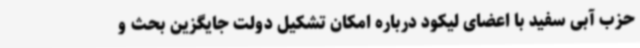
حزب آبی سفید با اعضای لیکود درباره امکان تشکیل دولت جایگزین بحث و